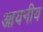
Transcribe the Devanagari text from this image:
आयनीय